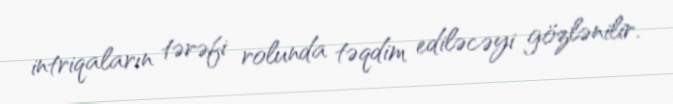
intriqaların tərəfi rolunda təqdim ediləcəyi gözlənilir.